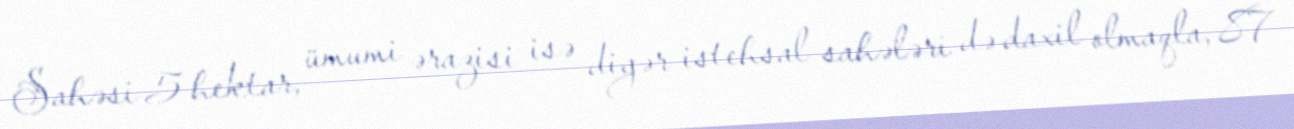
Sahəsi 5 hektar, ümumi ərazisi isə digər istehsal sahələri də daxil olmaqla, 87